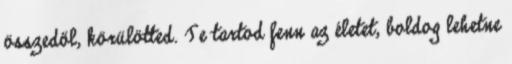
összedől, körülötted. Te tartod fenn az életet, boldog lehetne